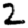
Digit: 2